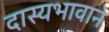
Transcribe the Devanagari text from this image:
दास्यभावाने